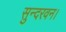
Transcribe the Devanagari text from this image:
सुन्दरवन।